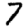
Digit: 7